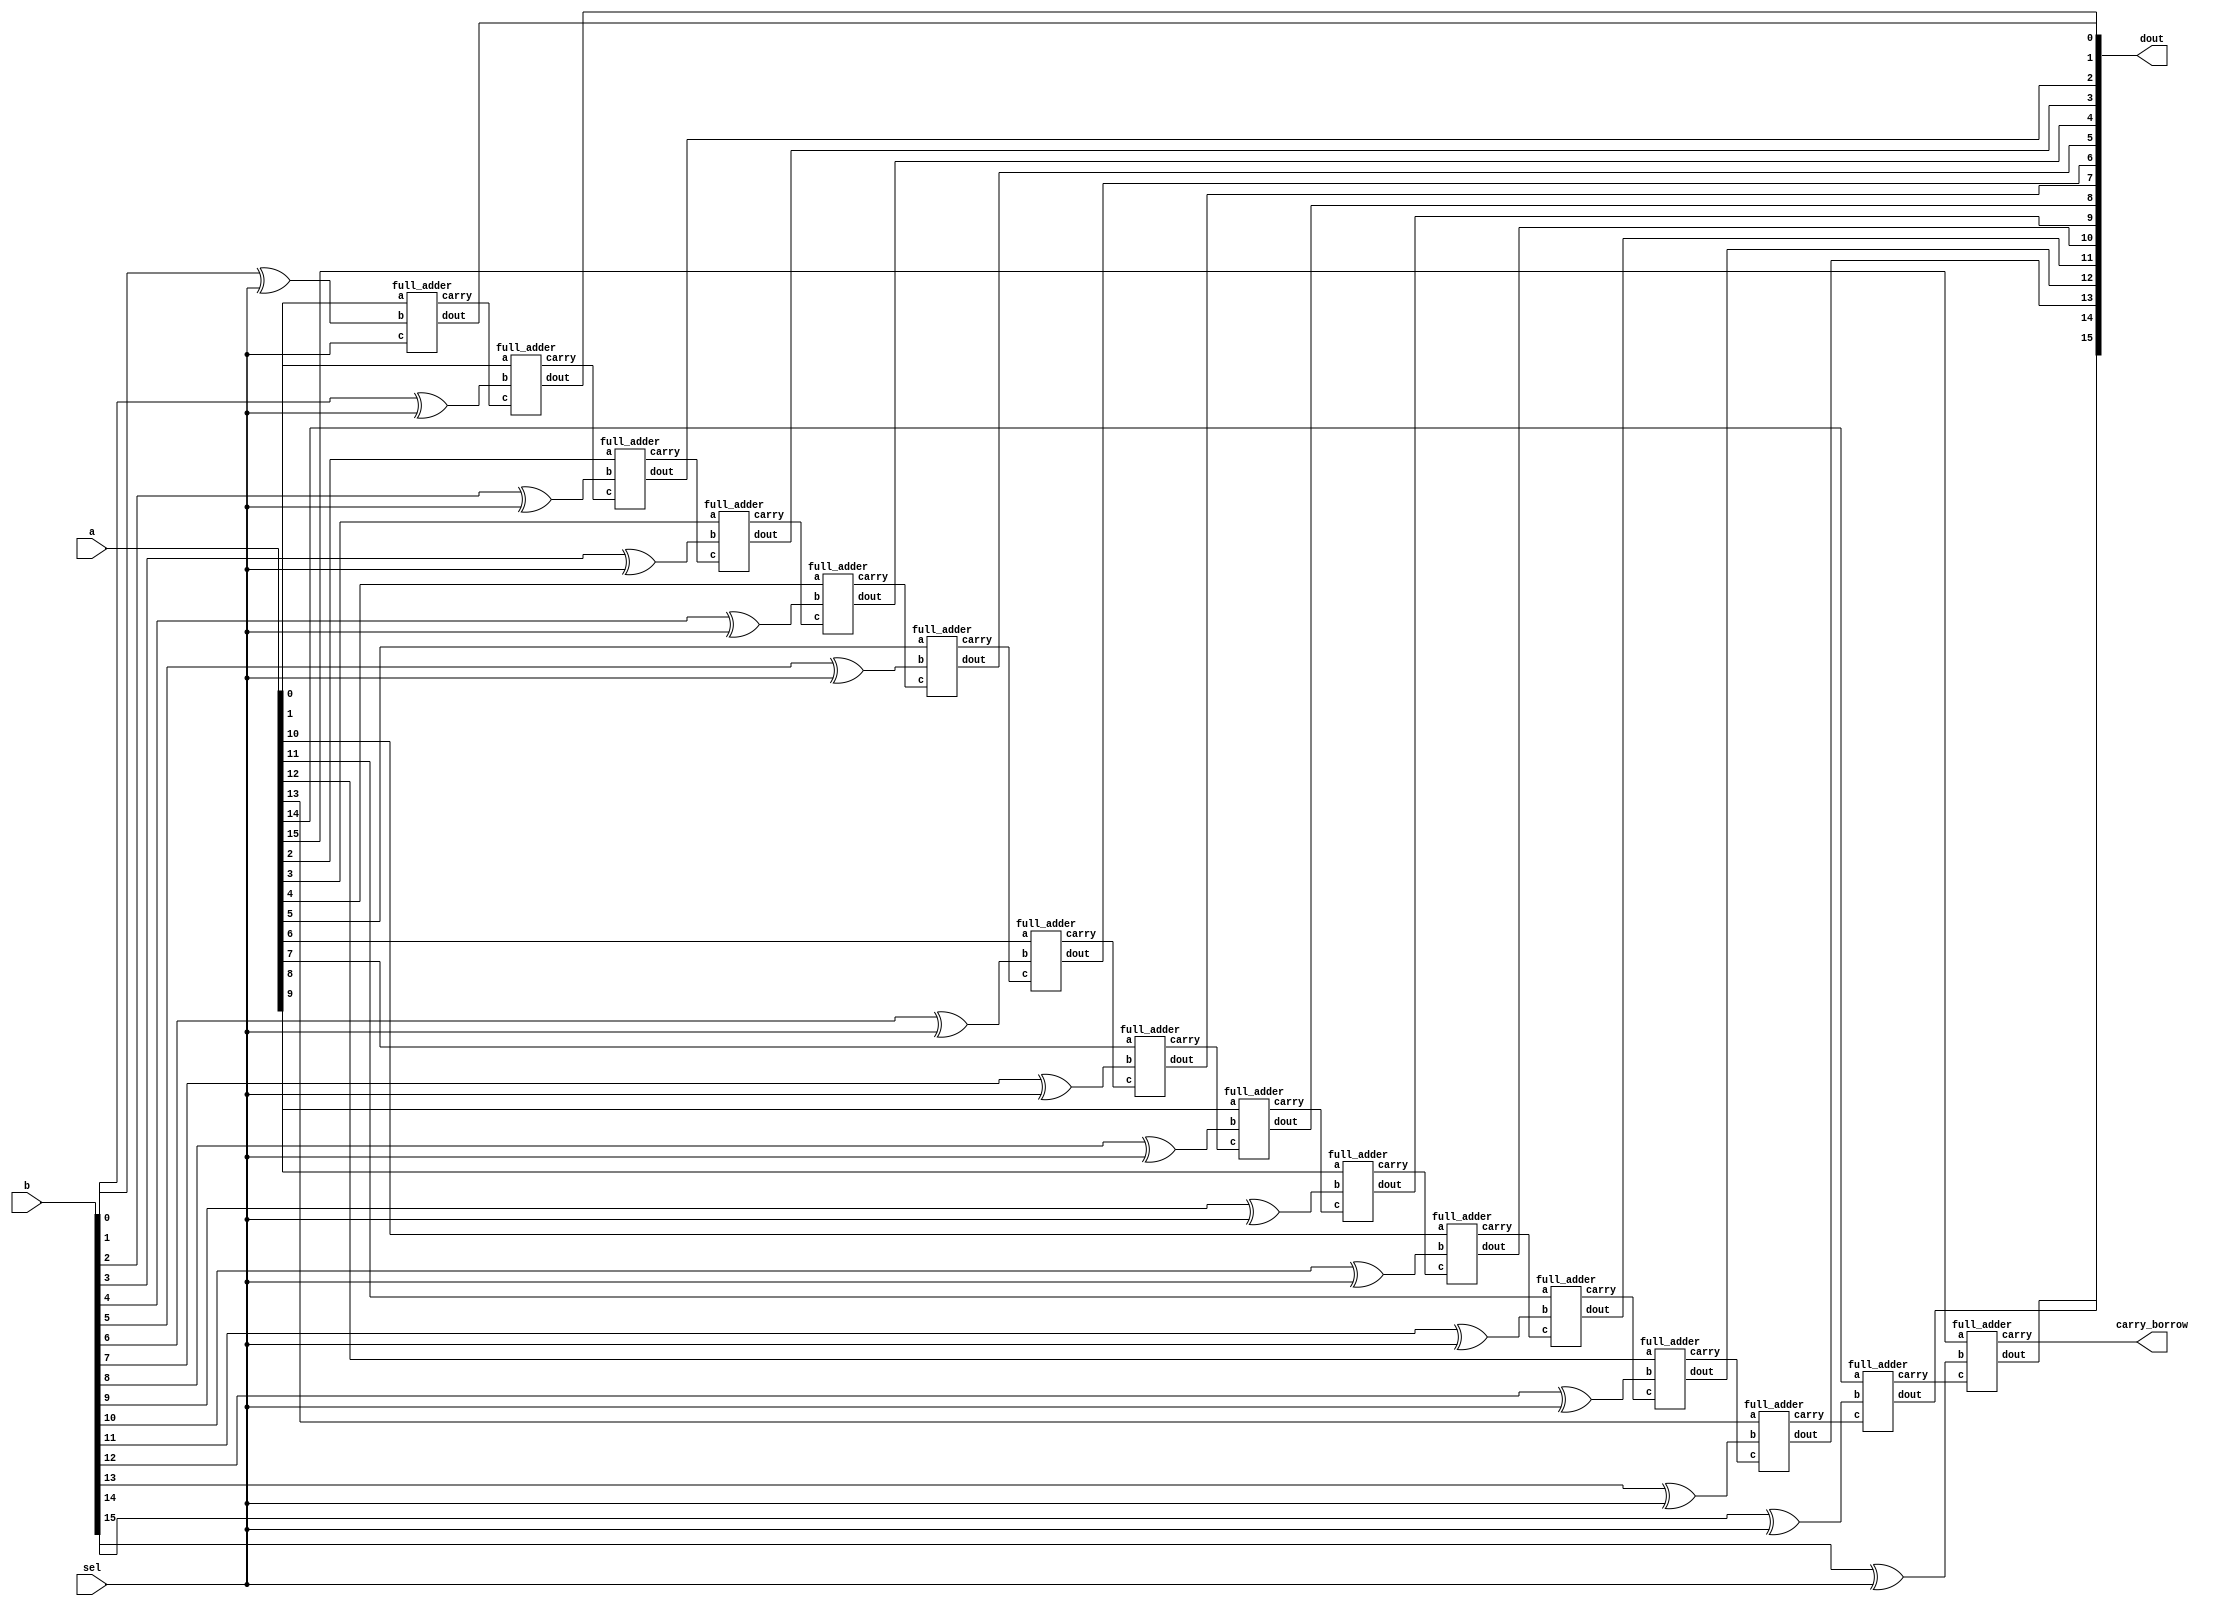
`timescale 1ns / 1ps
//////////////////////////////////////////////////////////////////////////////////
// Company: 
// Engineer: 
// 
// Design Name: 
// Module Name: add_sub
// Project Name: 
// Target Devices: 
// Tool Versions: 
// Description: 
// 
// Dependencies: 
// 
// Revision:
// Revision 0.01 - File Created
// Additional Comments:
// 
//////////////////////////////////////////////////////////////////////////////////

module adder_subtractor(
    input [15:0] a,
    input [15:0] b,
    input wire sel,
    output [15:0] dout,
    output carry_borrow
);

    wire [15:0] s;
    wire [16:0] l;
    xor(l[0], b[0], sel);
    xor(l[1], b[1], sel);
    xor(l[2], b[2], sel);
    xor(l[3], b[3], sel);
    xor(l[4], b[4], sel);
    xor(l[5], b[5], sel);
    xor(l[6], b[6], sel);
    xor(l[7], b[7], sel);
    xor(l[8], b[8], sel);
    xor(l[9], b[9], sel);
    xor(l[10], b[10], sel);
    xor(l[11], b[11], sel);
    xor(l[12], b[12], sel);
    xor(l[13], b[13], sel);
    xor(l[14], b[14], sel);
    xor(l[15], b[15], sel);
    xor(l[16], 0, sel);
    // assign l = {1'b0, b} ^ {16{sel}};
    // 16-bit two's complement of b based on sel

    full_adder f0(a[0], l[0], sel, dout[0], s[0]);
    full_adder f1(a[1], l[1], s[0], dout[1], s[1]);
    full_adder f2(a[2], l[2], s[1], dout[2], s[2]);
    full_adder f3(a[3], l[3], s[2], dout[3], s[3]);
    full_adder f4(a[4], l[4], s[3], dout[4], s[4]);
    full_adder f5(a[5], l[5], s[4], dout[5], s[5]);
    full_adder f6(a[6], l[6], s[5], dout[6], s[6]);
    full_adder f7(a[7], l[7], s[6], dout[7], s[7]);
    full_adder f8(a[8], l[8], s[7], dout[8], s[8]);
    full_adder f9(a[9], l[9], s[8], dout[9], s[9]);
    full_adder f10(a[10], l[10], s[9], dout[10], s[10]);
    full_adder f11(a[11], l[11], s[10], dout[11], s[11]);
    full_adder f12(a[12], l[12], s[11], dout[12], s[12]);
    full_adder f13(a[13], l[13], s[12], dout[13], s[13]);
    full_adder f14(a[14], l[14], s[13], dout[14], s[14]);
    full_adder f15(a[15], l[15], s[14], dout[15], carry_borrow);

endmodule

module full_adder (
    input a,
    input b,
    input c,
    output dout,
    output carry
);
    wire temp1;
    wire temp2;
    wire temp3; 
    xor(dout, a, b, c);
    and(temp1, a, b);
    and(temp2, b, c);
    and(temp3, c, a);
    or(carry, temp1, temp2, temp3);
    // assign carry = (a & b) | (b & c) | (c & a);

endmodule